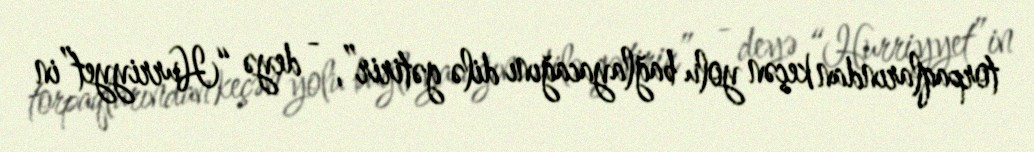
torpaqlarından keçən yolu bağlayacağını dilə gətirir”, - deyə “Hurriyyet”in